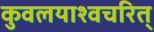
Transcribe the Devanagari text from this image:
कुवलयाश्वचरित्